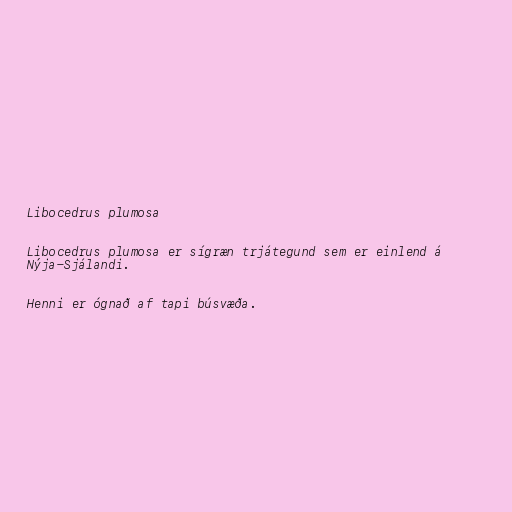
Libocedrus plumosa

Libocedrus plumosa er sígræn trjátegund sem er einlend á
Nýja-Sjálandi.

Henni er ógnað af tapi búsvæða.